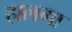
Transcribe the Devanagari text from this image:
हालगा